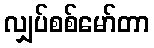
လျှပ်စစ်မော်တာ